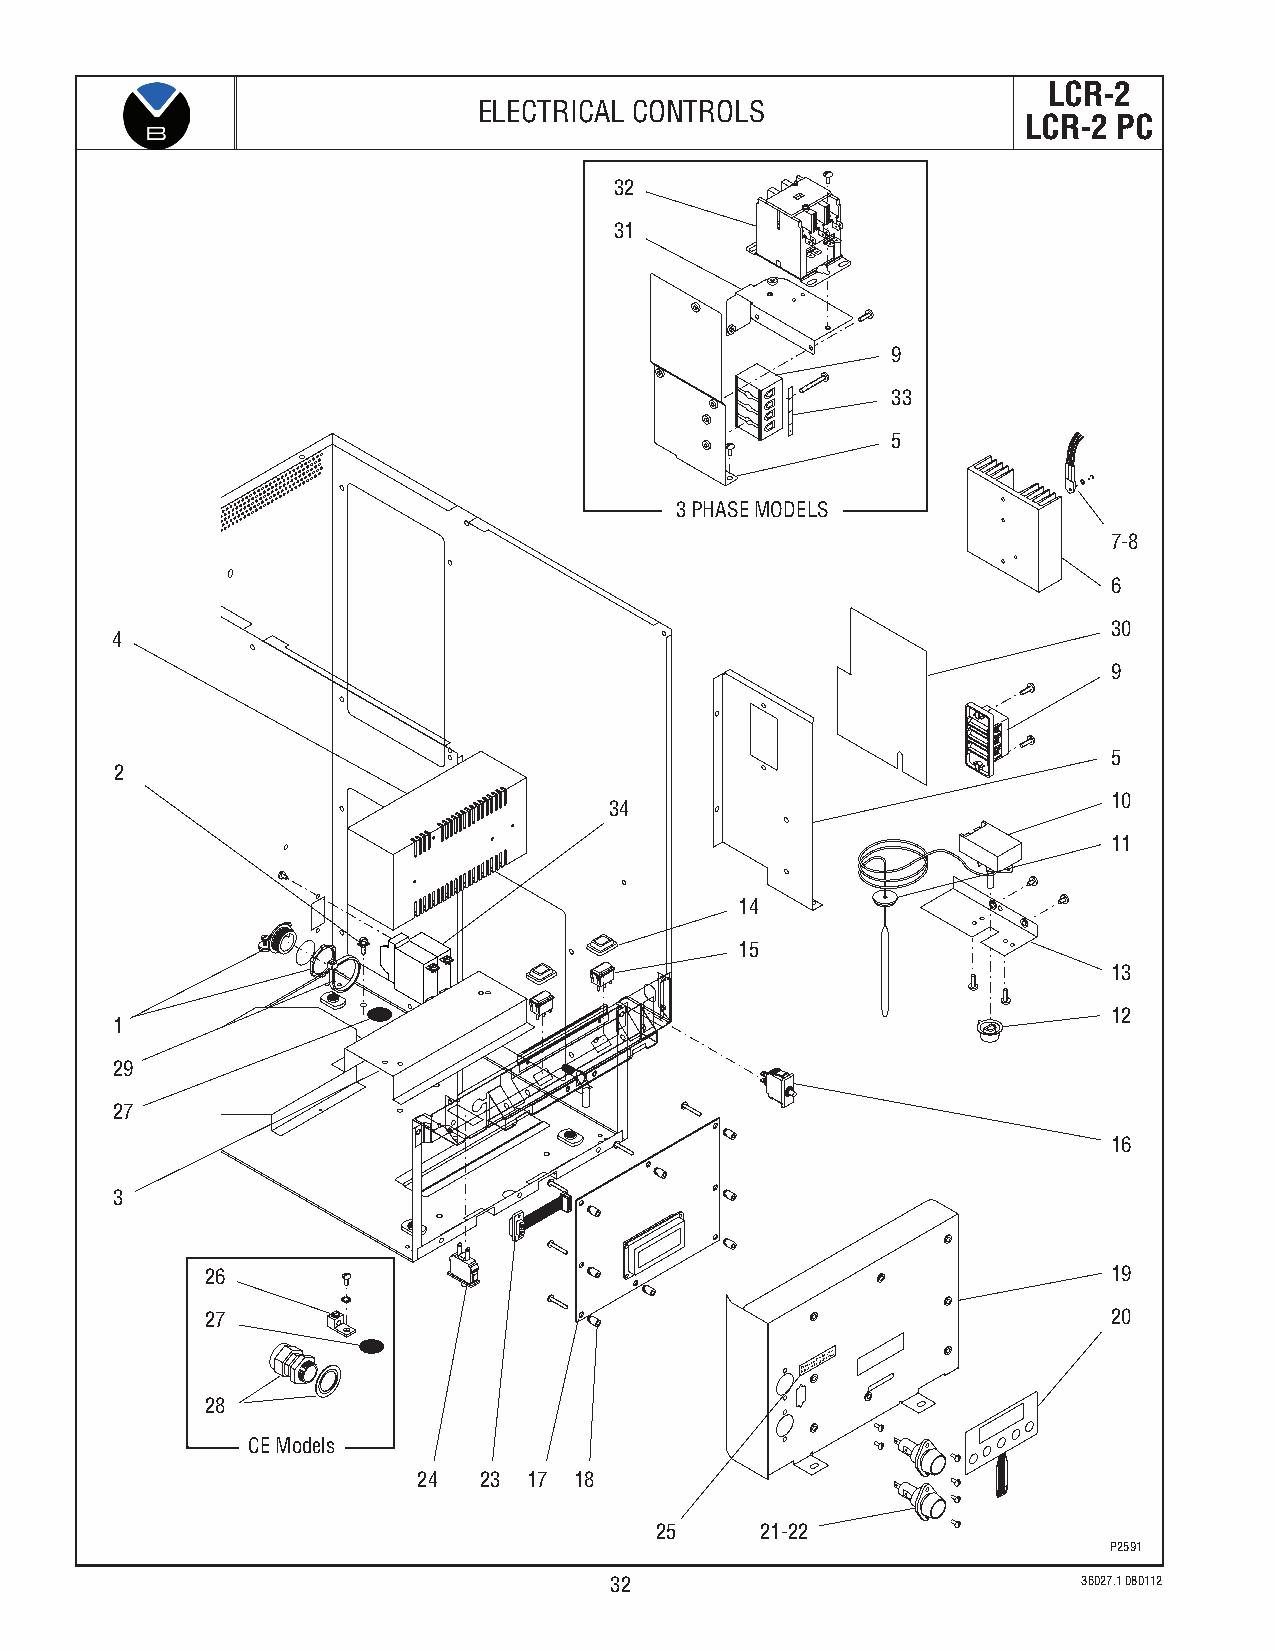
LCR-2
 ELECTRICAL CONTROLS
 LCR-2 PC
 32
 31
 9
 33
 5
 3 PHASE MODELS
 7-8
 6
 30
 4
 9
 5
 2
 10
 34
 11
 14
 15
 13
 12
 1
 29
 27
 16
 3
 26                                                          19
 27                                                          20
 RGe fpulsaec era wteitdh alits 1te0d a cmlapsss.
 28
 CE Models
 24  23 17 18
 25     21-22
 P2591
 32                              36027.1 080112